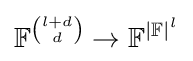
\mathbb {F} ^{\binom {l+d}{d}}\rightarrow \mathbb {F} ^{|\mathbb {F} |^{l}}